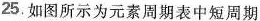
25.如图所示为元素周期表中短周期